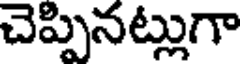
చెప్పినట్లుగా